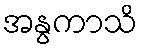
အနွကာသိ